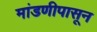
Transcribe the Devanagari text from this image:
मांडणीपासून